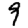
Digit: 9